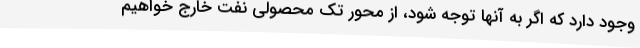
وجود دارد که اگر به آنها توجه شود، از محور تک محصولی نفت خارج خواهیم